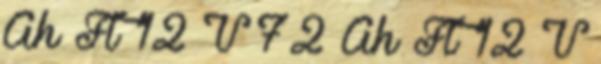
Ah Ft 12 V 72 Ah Ft 12 V